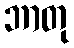
ဘာတု